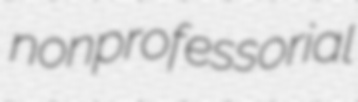
nonprofessorial